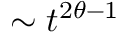
\sim t ^ { 2 \theta - 1 }